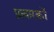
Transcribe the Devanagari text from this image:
प्रावारकों